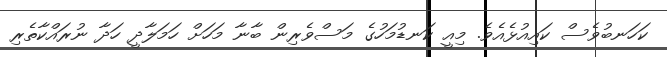
ކަހަނބުވެސް ކައިއުޅެއެވެ. މިއީ ކަނޑުމަހުގެ މަސްވެރިން ބާނާ މަހަށް ހަމަލާދީ ހަދާ ނުރައްކާތެރި